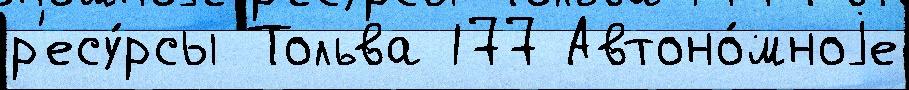
р'есу́рсы Тольва 177 Автоно́мноjе